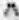
^